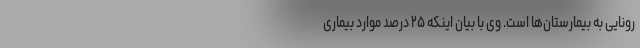
رونایی به بیمارستان‌ها است. وی با بیان اینکه ۲۵ درصد موارد بیماری